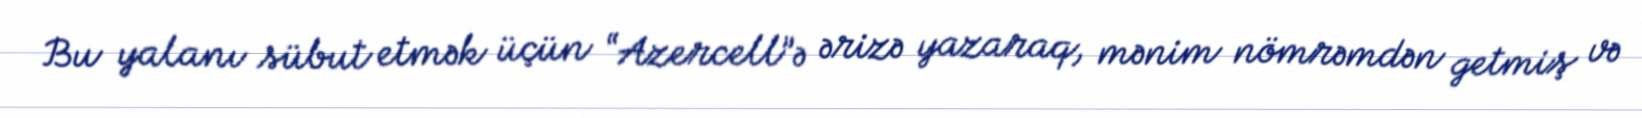
Bu yalanı sübut etmək üçün “Azercell”ə ərizə yazaraq, mənim nömrəmdən getmiş və